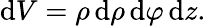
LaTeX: \mathrm{d}V=\rho\, \mathrm{d}\rho\, \mathrm{d}\varphi\, \mathrm{d}z.